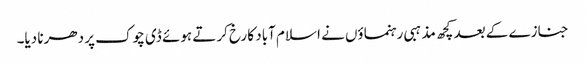
جنازے کے بعد کچھ مذہبی رہنماؤں نے اسلام آباد کا رخ کرتے ہوئے ڈی چوک پر دھرنا دیا۔